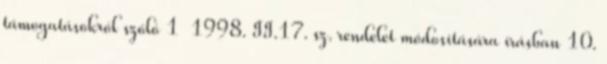
támogatásokról szóló 1 1998. II.17. sz. rendelet módosítására írásban 10.